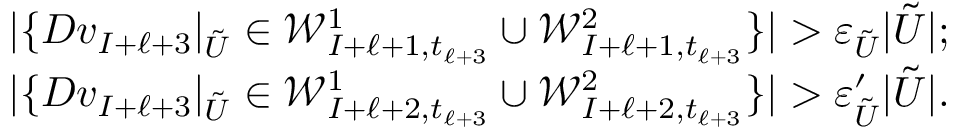
\begin{array} { r } { | \{ D v _ { I + \ell + 3 } | _ { \tilde { U } } \in \mathcal { W } _ { I + \ell + 1 , t _ { \ell + 3 } } ^ { 1 } \cup \mathcal { W } _ { I + \ell + 1 , t _ { \ell + 3 } } ^ { 2 } \} | > \varepsilon _ { \tilde { U } } | \tilde { U } | ; } \\ { | \{ D v _ { I + \ell + 3 } | _ { \tilde { U } } \in \mathcal { W } _ { I + \ell + 2 , t _ { \ell + 3 } } ^ { 1 } \cup \mathcal { W } _ { I + \ell + 2 , t _ { \ell + 3 } } ^ { 2 } \} | > \varepsilon _ { \tilde { U } } ^ { \prime } | \tilde { U } | . } \end{array}